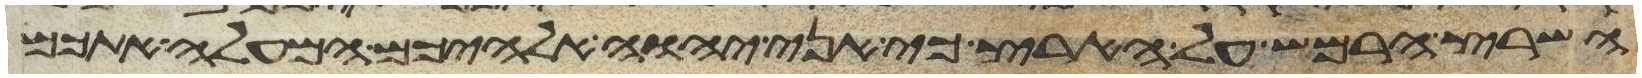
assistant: השרץ הרמש על הארץ כי אני יהוה אלהיכם המעלה אתכם